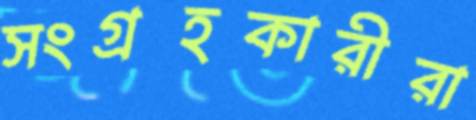
সংগ্রহকারীরা